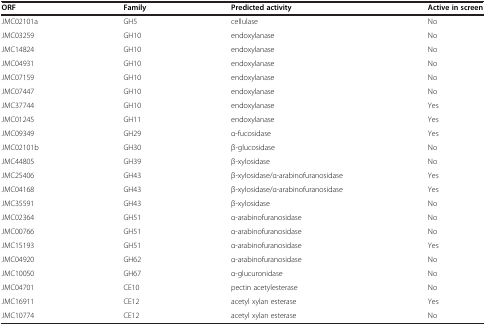
<table><thead><tr><td><b>ORF</b></td><td><b>Family</b></td><td><b>Predicted activity</b></td><td><b>Active in screen</b></td></tr></thead><tbody><tr><td>JMC02101a</td><td>GH5</td><td>cellulase</td><td>No</td></tr><tr><td>JMC03259</td><td>GH10</td><td>endoxylanase</td><td>No</td></tr><tr><td>JMC14824</td><td>GH10</td><td>endoxylanase</td><td>No</td></tr><tr><td>JMC04931</td><td>GH10</td><td>endoxylanase</td><td>No</td></tr><tr><td>JMC07159</td><td>GH10</td><td>endoxylanase</td><td>No</td></tr><tr><td>JMC07447</td><td>GH10</td><td>endoxylanase</td><td>No</td></tr><tr><td>JMC37744</td><td>GH10</td><td>endoxylanase</td><td>Yes</td></tr><tr><td>JMC01245</td><td>GH11</td><td>endoxylanase</td><td>Yes</td></tr><tr><td>JMC09349</td><td>GH29</td><td>α-fucosidase</td><td>Yes</td></tr><tr><td>JMC02101b</td><td>GH30</td><td>β-glucosidase</td><td>No</td></tr><tr><td>JMC44805</td><td>GH39</td><td>β-xylosidase</td><td>No</td></tr><tr><td>JMC25406</td><td>GH43</td><td>β-xylosidase/α-arabinofuranosidase</td><td>Yes</td></tr><tr><td>JMC04168</td><td>GH43</td><td>β-xylosidase/α-arabinofuranosidase</td><td>Yes</td></tr><tr><td>JMC35591</td><td>GH43</td><td>β-xylosidase</td><td>No</td></tr><tr><td>JMC02364</td><td>GH51</td><td>α-arabinofuranosidase</td><td>No</td></tr><tr><td>JMC00766</td><td>GH51</td><td>α-arabinofuranosidase</td><td>No</td></tr><tr><td>JMC15193</td><td>GH51</td><td>α-arabinofuranosidase</td><td>Yes</td></tr><tr><td>JMC04920</td><td>GH62</td><td>α-arabinofuranosidase</td><td>No</td></tr><tr><td>JMC10050</td><td>GH67</td><td>α-glucuronidase</td><td>No</td></tr><tr><td>JMC04701</td><td>CE10</td><td>pectin acetylesterase</td><td>No</td></tr><tr><td>JMC16911</td><td>CE12</td><td>acetyl xylan esterase</td><td>Yes</td></tr><tr><td>JMC10774</td><td>CE12</td><td>acetyl xylan esterase</td><td>No</td></tr></tbody></table>